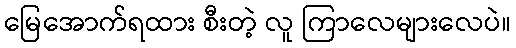
မြေအောက်ရထား စီးတဲ့ လူ ကြာလေများလေပဲ။